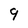
Character: 9